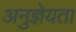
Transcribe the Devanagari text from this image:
अनुज्ञेयता